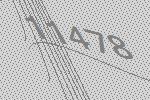
11478